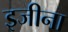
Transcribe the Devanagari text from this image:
इजीना